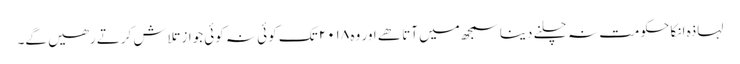
لہاذہ انکا حکومت نہ چلنے دینا سمجھ میں آتا ھے اور وہ ۲۰۱۸ تک کوئی نہ کوئی جواز تلاش کرتے رھیں گے۔